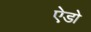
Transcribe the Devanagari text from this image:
ऐडो